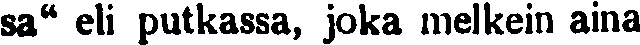
sa" eli putkassa, joka melkein aina